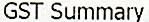
GST SUMMARY